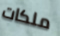
ملكات